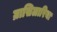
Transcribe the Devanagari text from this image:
ग्रासिलारिया